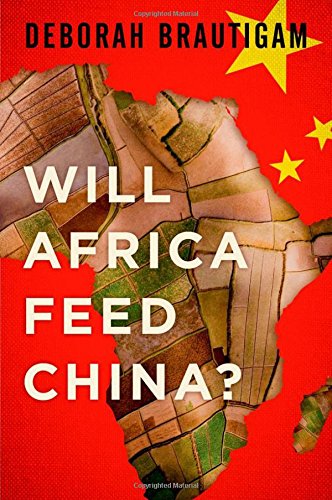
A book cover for Will Africa Feed China?; Deborah Brautigam; Science & Math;